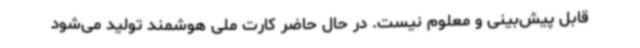
قابل پیش‌بینی و معلوم نیست. در حال حاضر کارت ملی هوشمند تولید می‌شود